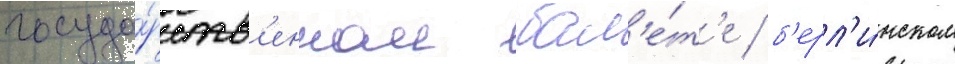
госуда́рств'енном бал'е́т'е / б'ерл'и́нском